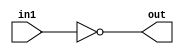
module not1 (in1,out);
input in1;
output out;
assign out = ~in1;
endmodule